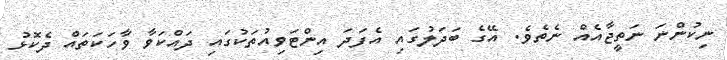
ނިކުންނަ ނަތީޖާއެއް ނެތެވެ. އޭގެ ބަދަލުގައި އެފަދަ އިންޓަވިއުތަކުގައި ދައްކަވާ ވާހަކަތައް ދެކޮޅު